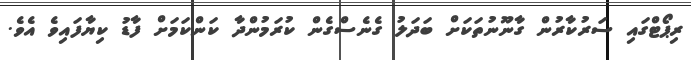
ރިޕޯޓްގައި ސަރުކާރުން ގާނޫނުތަކަށް ބަދަލު ގެނެސްގެން ކުރަމުންދާ ކަންކަމަށް ފާޑު ކިޔާފައިވެ އެވެ.